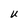
Character: U